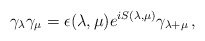
\begin{align*}\gamma_\lambda\gamma_\mu=\epsilon(\lambda,\mu)e^{iS(\lambda,\mu)}\gamma_{\lambda+\mu}\,,\end{align*}